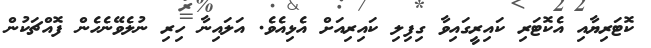
ކޮޓަރިޔާއި އެކޮޓަރި ކައިރީގައިވާ ގިފިލި ކައިރިއަށް އެޅިއެވެ. އަލައިނާ ހިރި ނުލެވޭނެހެން ފޮއްޗަކުން